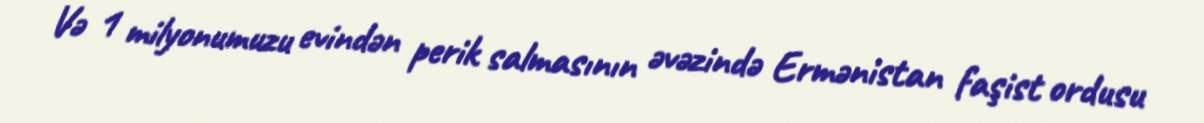
Və 1 milyonumuzu evindən perik salmasının əvəzində Ermənistan faşist ordusu